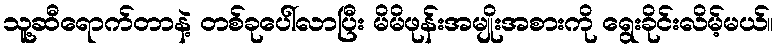
သူ့ဆီရောက်တာနဲ့ တစ်ခုပေါ်လာပြီး မိမိဖုန်းအမျိုးအစားကို ရွေးခိုင်းလိမ့်မယ်။